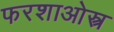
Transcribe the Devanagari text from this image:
फरशाओस्त्र